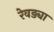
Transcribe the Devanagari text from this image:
रेवड्या